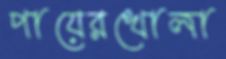
পায়েরখোলা